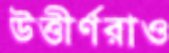
উত্তীর্ণরাও